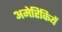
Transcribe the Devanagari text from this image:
अमेरिकियें